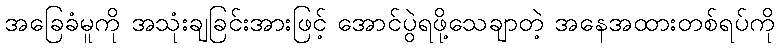
အခြေခံမူကို အသုံးချခြင်းအားဖြင့် အောင်ပွဲရဖို့သေချာတဲ့ အနေအထားတစ်ရပ်ကို